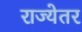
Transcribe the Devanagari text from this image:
राज्येतर